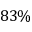
8 3 \%